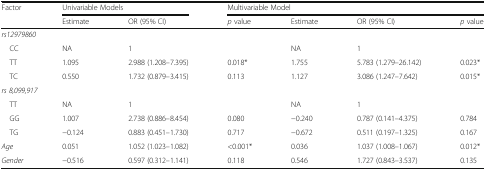
| <ROWSPAN=2> Factor | <COLSPAN=2> Univariable Models | <COLSPAN=4> Multivariable Model |
 | Estimate | OR (95% CI) | p value | Estimate | OR (95% CI) | p value |
 | --- | --- | --- | --- | --- | --- | --- |
 | <COLSPAN=7> rs12979860 |
 | CC | NA | 1 |  | NA | 1 |  |
 | TT | 1.095 | 2.988 (1.208–7.395) | 0.018* | 1.755 | 5.783 (1.279–26.142) | 0.023* |
 | TC | 0.550 | 1.732 (0.879–3.415) | 0.113 | 1.127 | 3.086 (1.247–7.642) | 0.015* |
 | <COLSPAN=7> rs 8,099,917 |
 | TT | NA | 1 |  | NA | 1 |  |
 | GG | 1.007 | 2.738 (0.886–8.454) | 0.080 | −0.240 | 0.787 (0.141–4.375) | 0.784 |
 | TG | −0.124 | 0.883 (0.451–1.730) | 0.717 | −0.672 | 0.511 (0.197–1.325) | 0.167 |
 | Age | 0.051 | 1.052 (1.023–1.082) | <0.001* | 0.036 | 1.037 (1.008–1.067) | 0.012* |
 | Gender | −0.516 | 0.597 (0.312–1.141) | 0.118 | 0.546 | 1.727 (0.843–3.537) | 0.135 |